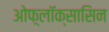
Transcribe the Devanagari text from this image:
ओफ़्लॉक्सासिन